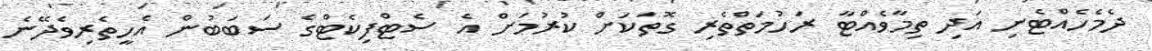
ދެމެހެއްޓެނި އަދި ތިމާވެއްޓާ ރަހުމަތްތެރި ގޮތަކަށް ކުރުމަށް އެ ސެޓްފިކެޓްގެ ސަބަބުން އެހީތެރިވެދޭނެ